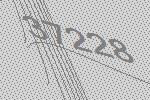
37228